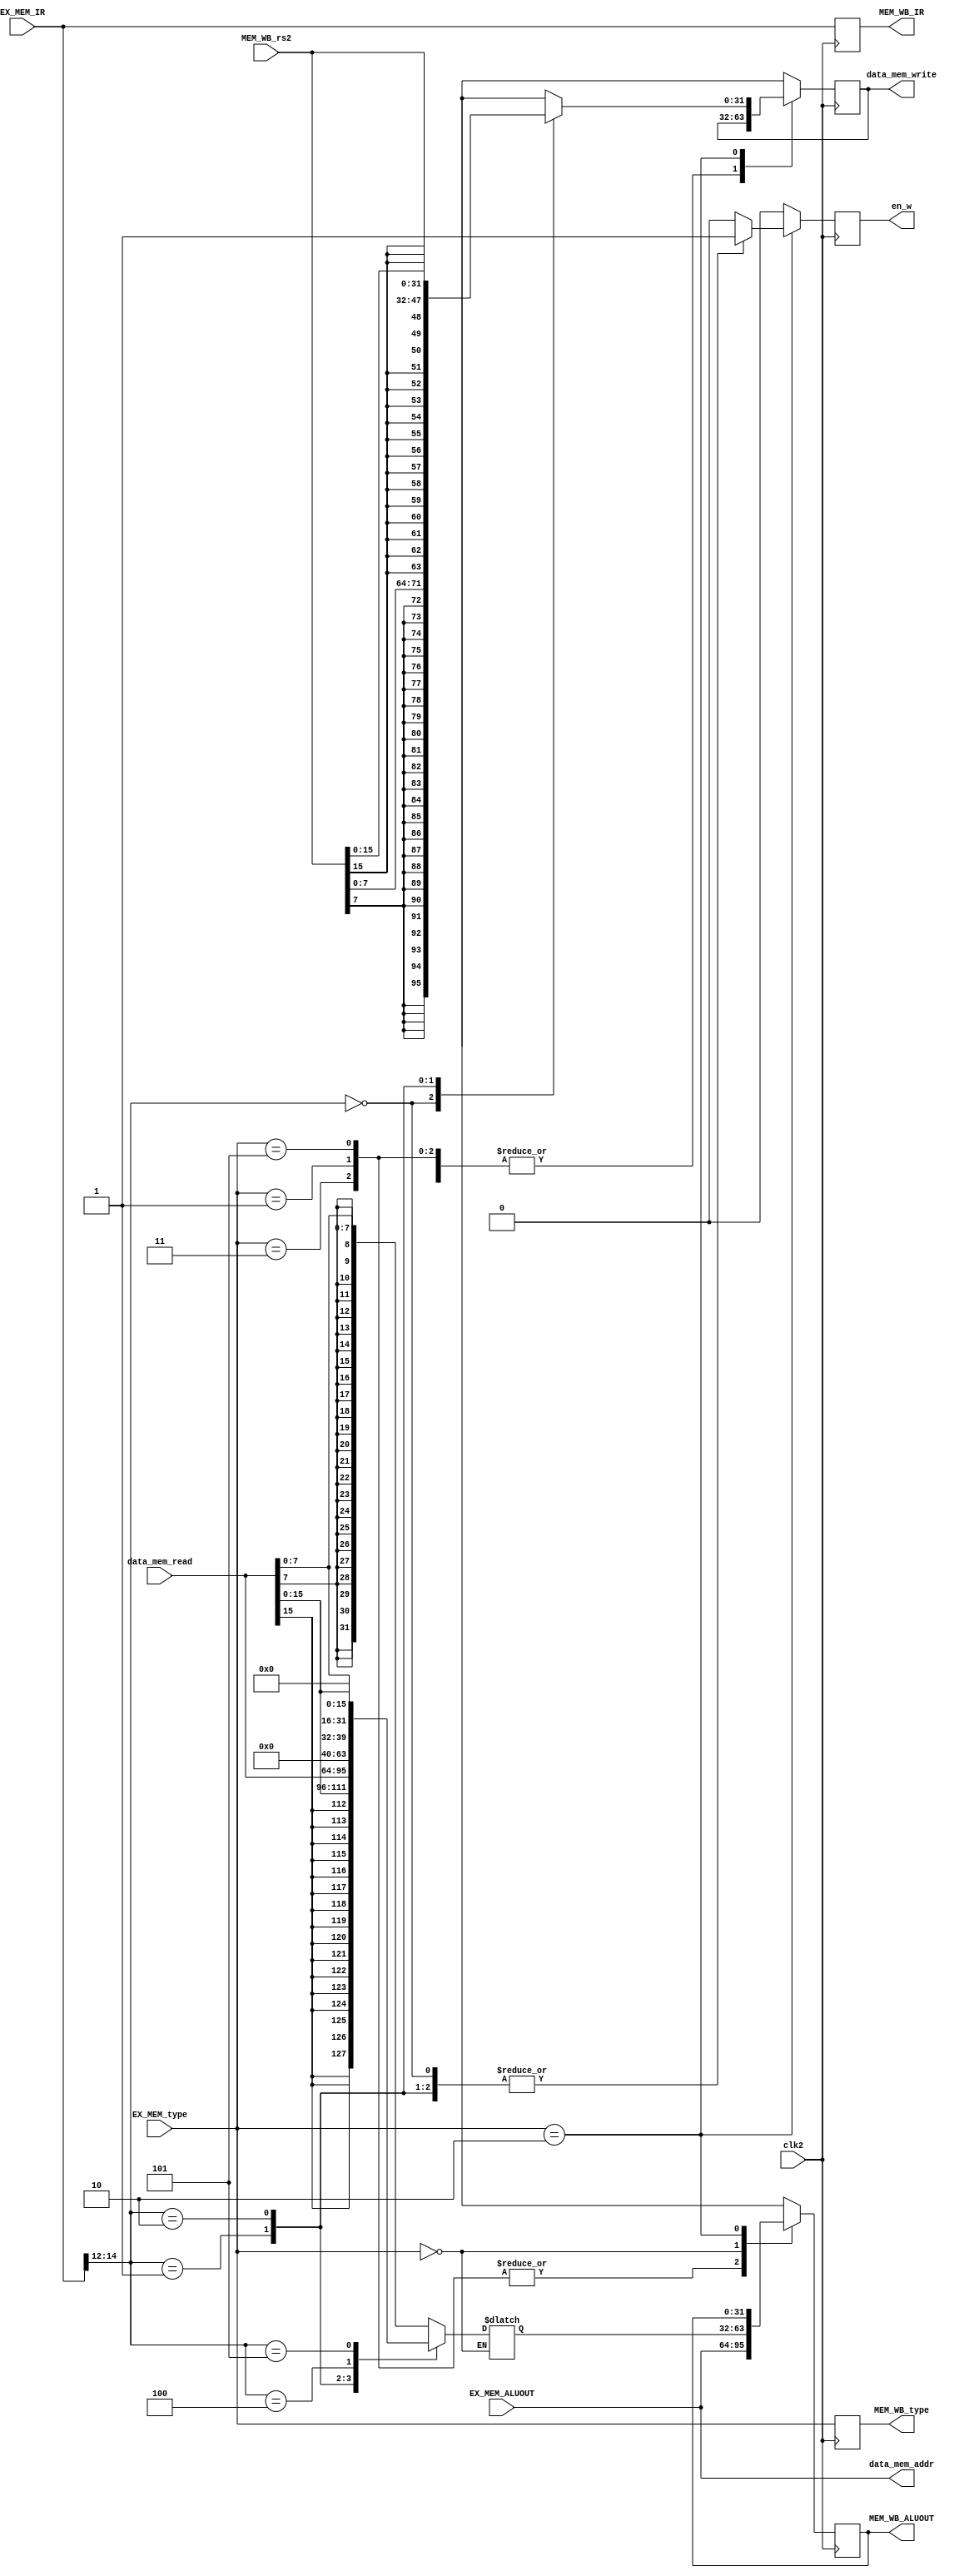
module MEM_WB_STAGE(
	clk2,
	data_mem_addr,
	data_mem_write,
	data_mem_read,
	en_w,
	EX_MEM_ALUOUT,
	EX_MEM_type,
	MEM_WB_rs2,
	MEM_WB_ALUOUT,
	EX_MEM_IR,
	MEM_WB_IR,
	MEM_WB_type);
input [2:0] EX_MEM_type;
input clk2;
input [31:0] EX_MEM_ALUOUT,EX_MEM_IR;
input [31:0] MEM_WB_rs2;
output reg [31:0] MEM_WB_ALUOUT,MEM_WB_IR;
output reg [2:0] MEM_WB_type;
output reg en_w;
output reg [31:0] data_mem_write;
input [31:0] data_mem_read;
output [31:0] data_mem_addr;

assign data_mem_addr=EX_MEM_ALUOUT;



parameter R_type=3'b011, S_type=3'b010, B_type=3'b111, U_type=3'b101; 
parameter I_jump=3'b110,I_logic=3'b001,I_load=3'b000;

always @(posedge clk2)
begin
MEM_WB_type<=EX_MEM_type;
MEM_WB_IR<=EX_MEM_IR;
end

reg [31:0] data_in;

always @(*)
begin
if(EX_MEM_type==I_load)
case(EX_MEM_IR[14:12])
3'b000:data_in={{24{data_mem_read[7]}},data_mem_read[7:0]};//lb
3'b001:data_in={{16{data_mem_read[15]}},data_mem_read[15:0]};//lh
3'b010:data_in=data_mem_read;//lw
3'b100:data_in={{24{1'b0}},data_mem_read[7:0]};//lbu
3'b101:data_in={{16{1'b0}},data_mem_read[15:0]};//lhu
default:data_in=32'hxxxxxxxx;
endcase
end


always @(posedge clk2)
begin
case (EX_MEM_type)
R_type:begin
en_w<=0;
 MEM_WB_ALUOUT<=EX_MEM_ALUOUT;
end

I_logic:begin
en_w<=0;
MEM_WB_ALUOUT<=EX_MEM_ALUOUT;
end

U_type:begin
en_w<=0;
MEM_WB_ALUOUT<=EX_MEM_ALUOUT;
end

I_load: begin
MEM_WB_ALUOUT<=data_in;//lb //lh//lw//lbu//lhu
en_w<=0;
end

S_type: begin

case (EX_MEM_IR[14:12])
3'b000: begin 
data_mem_write<={{24{MEM_WB_rs2[7]}},MEM_WB_rs2[7:0]};//sb
en_w<=1;
end
3'b001:begin
data_mem_write<={{16{MEM_WB_rs2[15]}},MEM_WB_rs2[15:0]};//sh
en_w<=1;
end
3'b010:begin
data_mem_write<=MEM_WB_rs2;//sw
en_w<=1;
end
default: begin
data_mem_write<=32'hxxxxxxxx;
en_w<=0;
end
endcase
end


default:begin
en_w<=0;
MEM_WB_ALUOUT<=32'hxxxxxxxx;
data_mem_write<=32'hxxxxxxxx;
end
endcase
end
endmodule